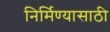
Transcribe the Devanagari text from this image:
निर्मिण्यासाठी